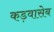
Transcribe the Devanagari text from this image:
कड़वासेब